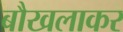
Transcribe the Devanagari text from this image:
बौखलाकर